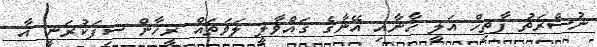
ނުސްރަތު ފާތިހް އަލީ ޚާނާއި އޭނާގެ ގައްވާލީ ލަވަތައް ރީހާން ސިފަކުރަނީ އާ